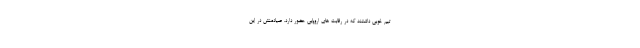
تیم خوبی داشتند که در رقابت های اروپایی حضور دارد. صیادمنش در این